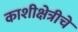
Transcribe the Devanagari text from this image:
काशीक्षेत्रीचे